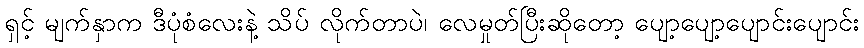
ရှင့် မျက်နှာက ဒီပုံစံလေးနဲ့ သိပ် လိုက်တာပဲ၊ လေမှုတ်ပြီးဆိုတော့ ပျော့ပျော့ပျောင်းပျောင်း